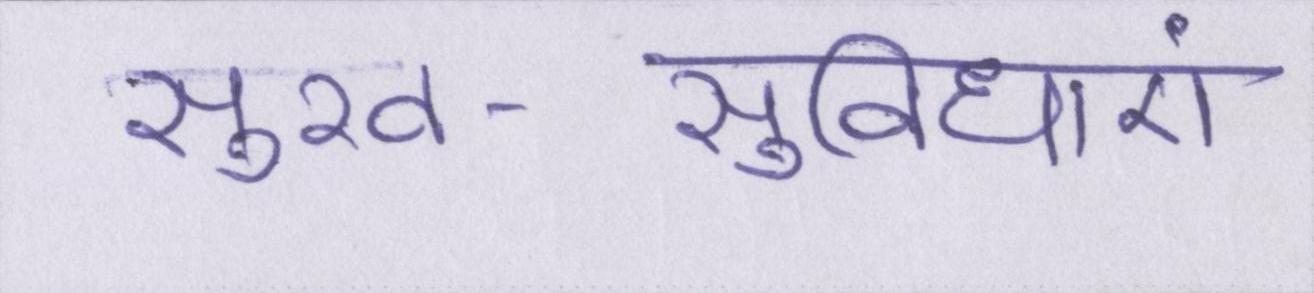
सुख-सुविधाएं